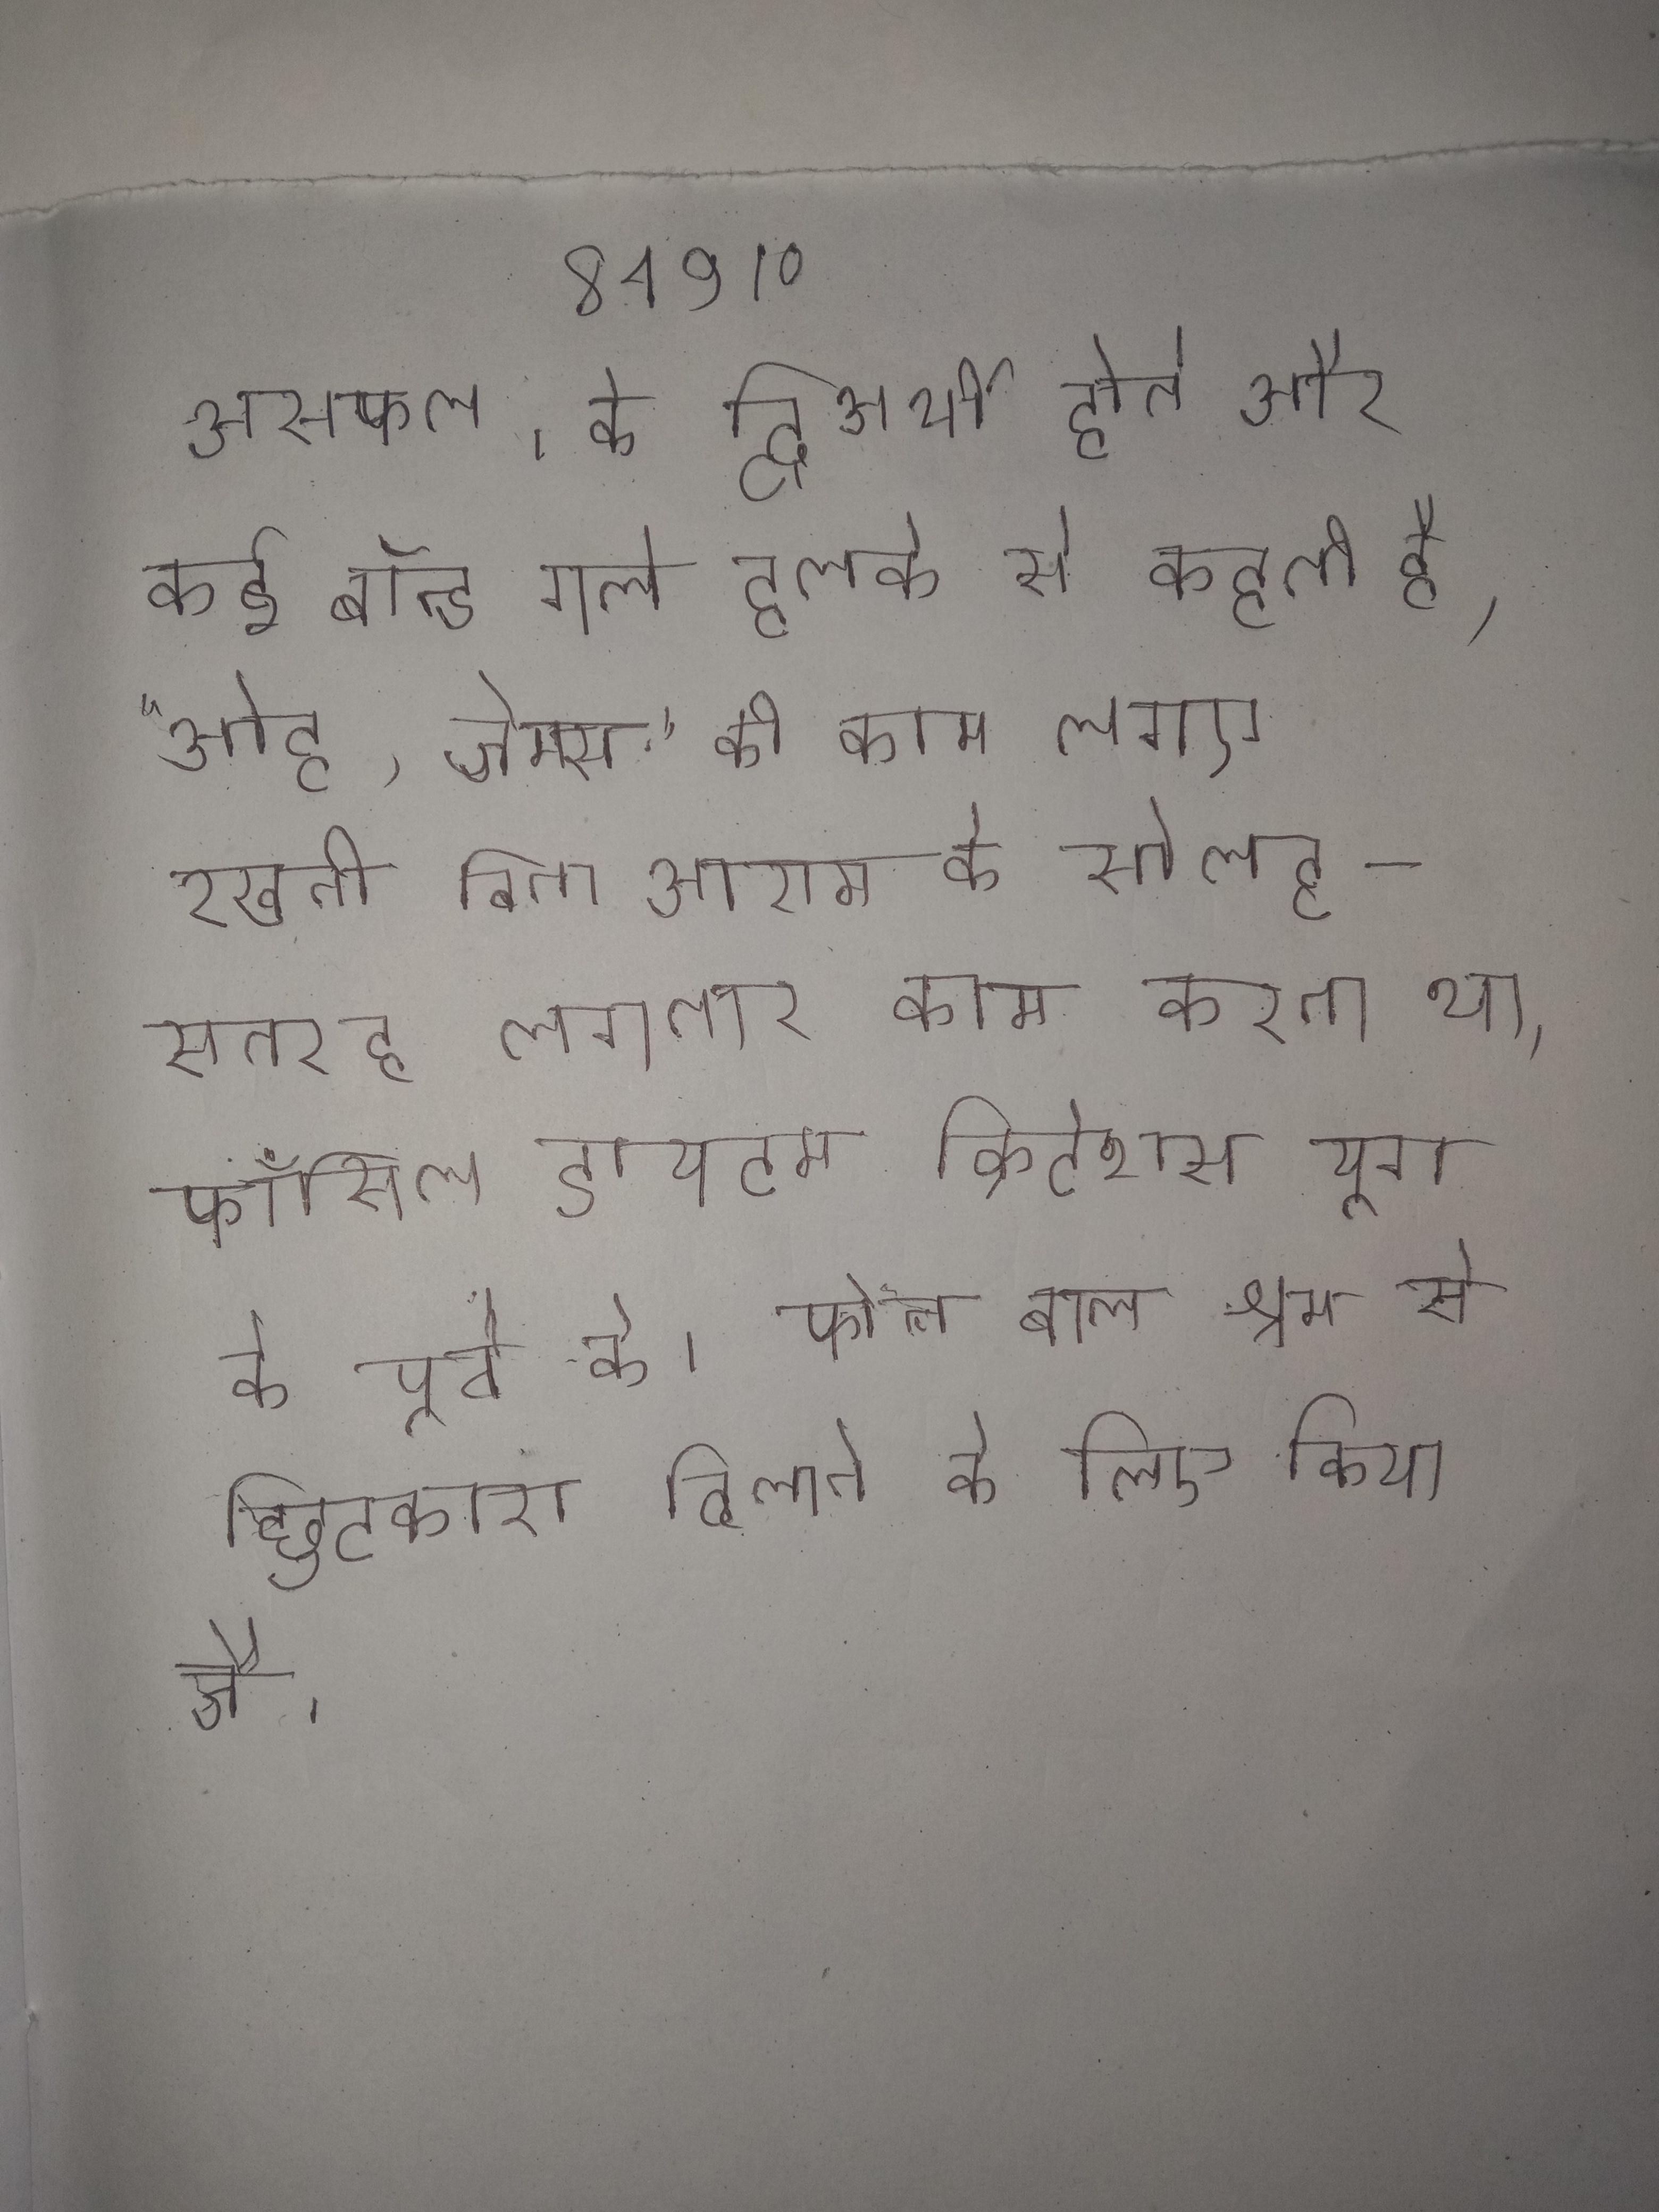
असफल । के द्विअर्थी होते और कई बॉन्ड गर्ल हलके से कहती है, "ओह, जेम्स." को काम लगाए रखती बिना आराम के सोलह-सतरह लगातार काम करना था । फॉसिल डायटम क्रिटेशस युग के पूर्व के । फोन बाल श्रम से छुटकारा दिलाने के लिए किया जाता है ।